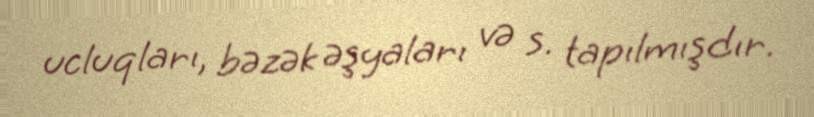
ucluqları, bəzək əşyaları və s. tapılmışdır.